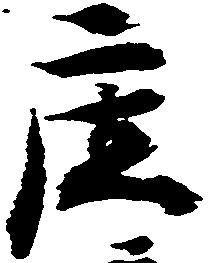
庄